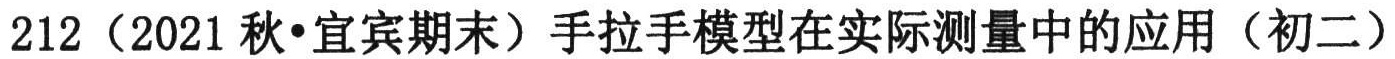
212（2021秋•宜宾期末）手拉手模型在实际测量中的应用（初二）